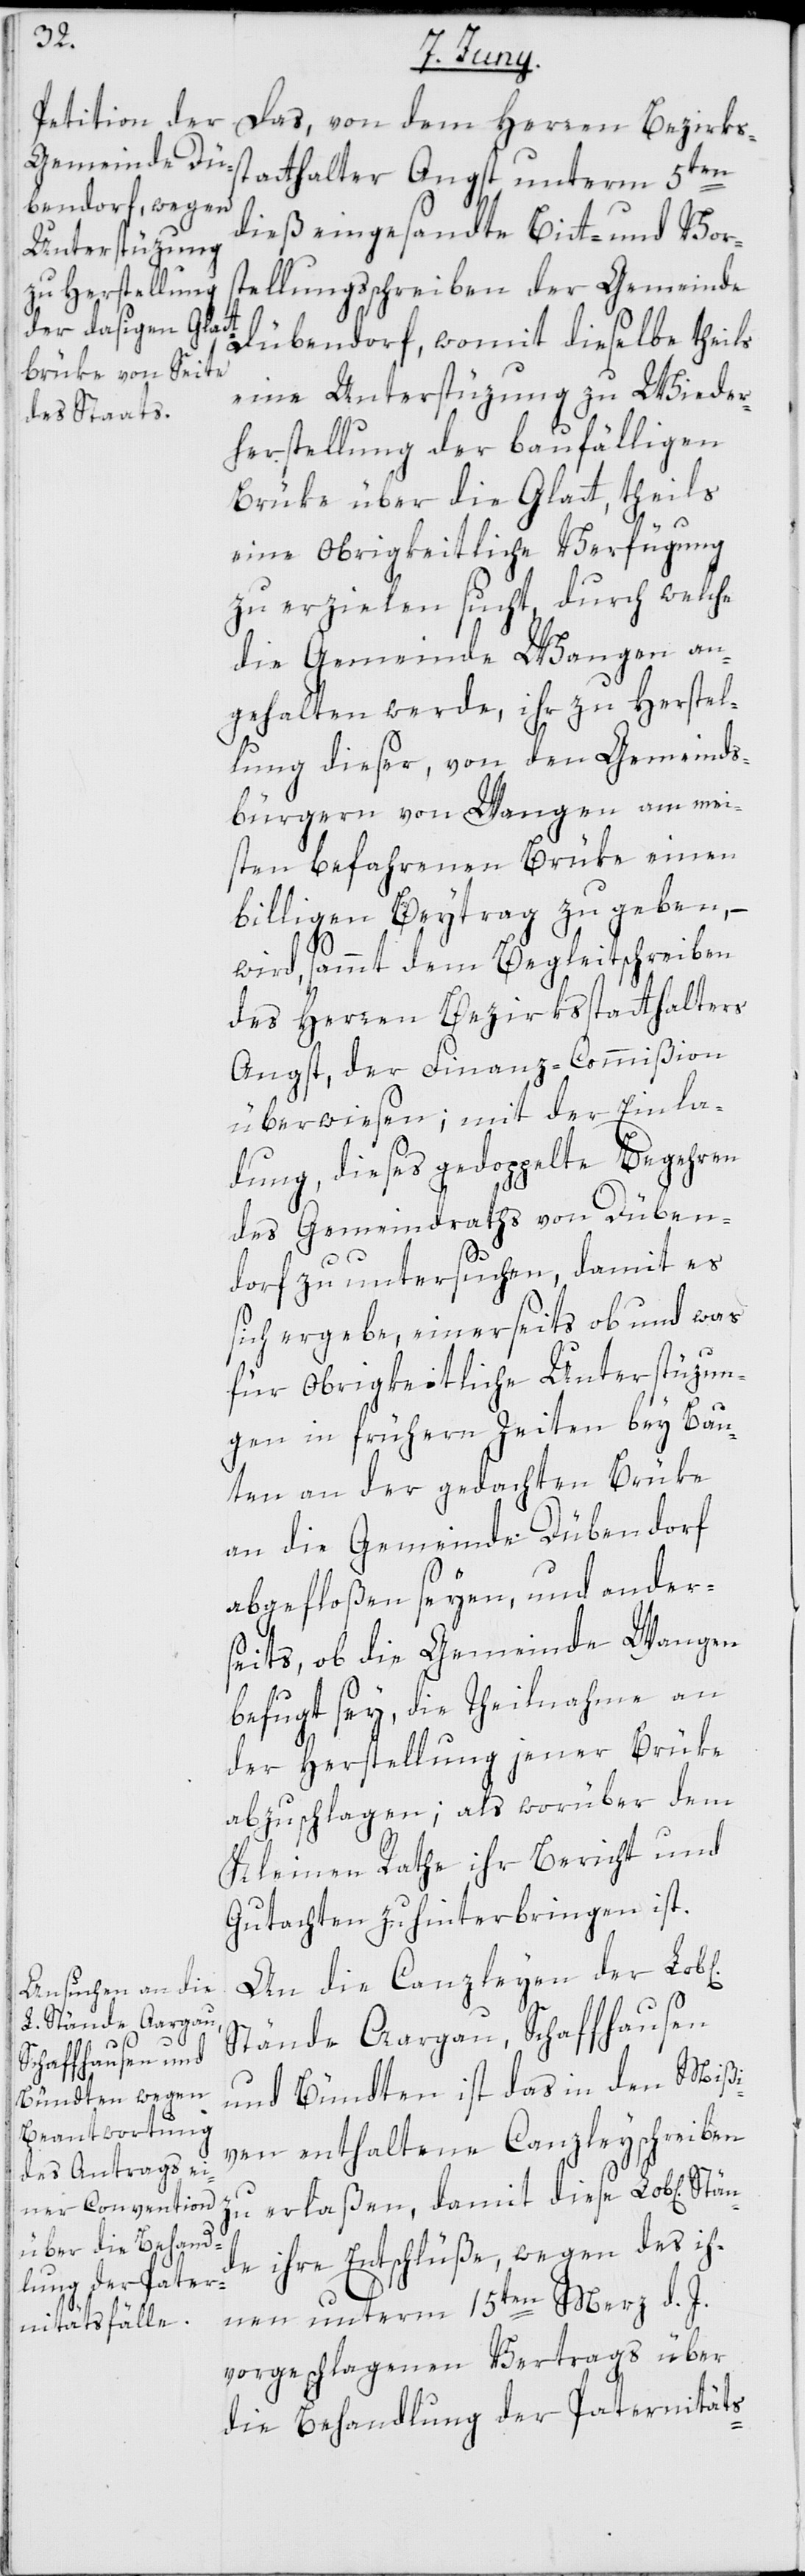
Das, von dem Herren Bezirks¬
ichen]
statthalter Angst unterm 5ten
dieß eingesandte Bitt- und Vor¬
stellungsschreiben der Gemeinde
Dübendorf, womit dieselbe theils
eine Unterstüzung zu Wieder¬
herstellung der baufälligen
Brüke über die Glatt, theils
eine Obrigkeitliche Verfügung
zu erzielen sucht, durch welche
die Gemeinde Wangen an¬
gehalten werde, ihr zu Herstel¬
lung dieser, von den Gemeinds¬
bürgern von Wangen am mei¬
sten befahrenen Brüke einen
billigen Beytrag zu geben, –
wird sammt dem Begleitschreiben
des Herren Bezirksstatthalters
Angst, der Finanz-Commißion
überwiesen; mit der Einla¬
dung, dieses gedoppelte Begehren
des Gemeindraths von Düben¬
dorf zu untersuchen, damit es
sich ergebe, einerseits ob und was
für obrigkeitliche Unterstüzun¬
gen in frühern Zeiten bey Bau¬
ten an der gedachten Brüke
an die Gemeinde Dübendorf
abgefloßen seyen, und ander¬
seits, ob die Gemeinde Wangen
befugt sey, die Theilnahme an
der Herstellung jener Brüke
abzuschlagen; als worüber dem
Kleinen Rathe ihr Bericht und
Gutachten zu hinterbringen ist.
An die Canzleyen der Lob[l¬
Stände Aargau, Schaffhausen
und Bündten ist das in den Mißi¬
ven enthaltene Canzleyschreiben
zu erlaßen, damit diese Lob[lichen]
ihre Entschlüße, wegen des ih¬
nen unterm 15ten Merz d. J.
vorgeschlagenen Vertrags über
die Behandlung der Paternitäts-